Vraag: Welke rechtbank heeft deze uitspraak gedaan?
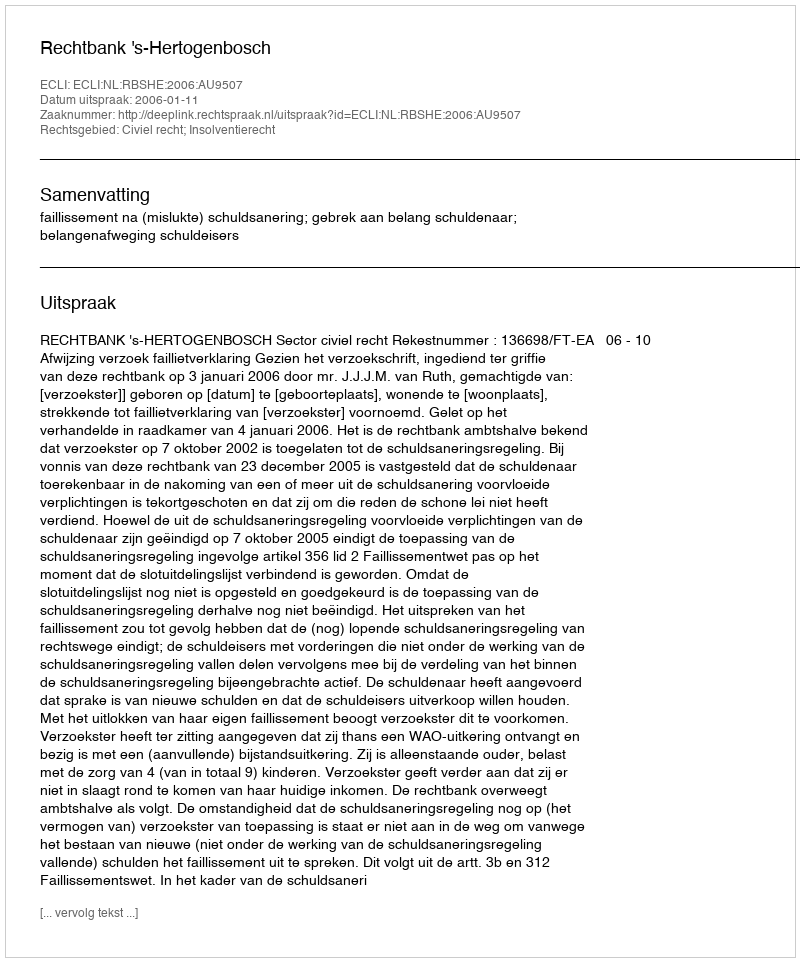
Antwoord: Rechtbank 's-Hertogenbosch